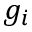
g _ { i }